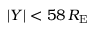
| Y | < 5 8 \, R _ { \mathrm { E } }